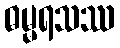
ဓမ္မရသဿ